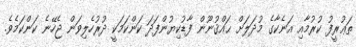
ތަޢުރީފު ކުރުމާއި އަނެކާގެ މުދަލަށް ޙައްޤުނޫން ފާޑުކިޔުންފަދަ ކަންކަމަކީ ދުރުހެލިވަން ޖެހޭނެ ކަންކަމެވެ.